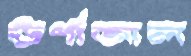
ঊর্ণাজাল